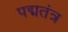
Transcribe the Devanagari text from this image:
पद्मतंत्र